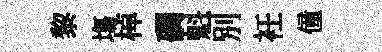
黎塲棹磵魁別衽僮